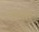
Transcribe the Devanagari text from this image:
पिंरसटन